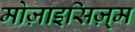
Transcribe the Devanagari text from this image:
मोज़ाइसिज़्म